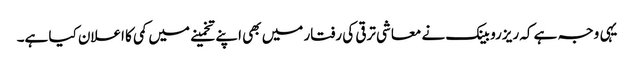
یہی وجہ ہے کہ ریزرو بینک نے معاشی ترقی کی رفتار میں بھی اپنے تخمینے میں کمی کا اعلان کیا ہے۔